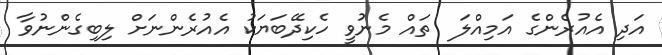
އަދި އެއުރެންގެ އަމިއްލަ  ތައް މެނުވީ ހެކިދޭބަޔަކު އެއުރެންނަށް ލިބިގެންނުވާ